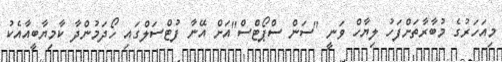
މިއަހަރުގެ މުބާރާތަށްފަހު ލިޔާހް ވަނީ "ސަން ސްޕޯޓްސް"އަށް އޭނާ ފުޓްސަލްގައި ހޯދަމުންދާ ކާމިޔާބީއާއެކު